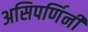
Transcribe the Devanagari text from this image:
असिपर्णिनी